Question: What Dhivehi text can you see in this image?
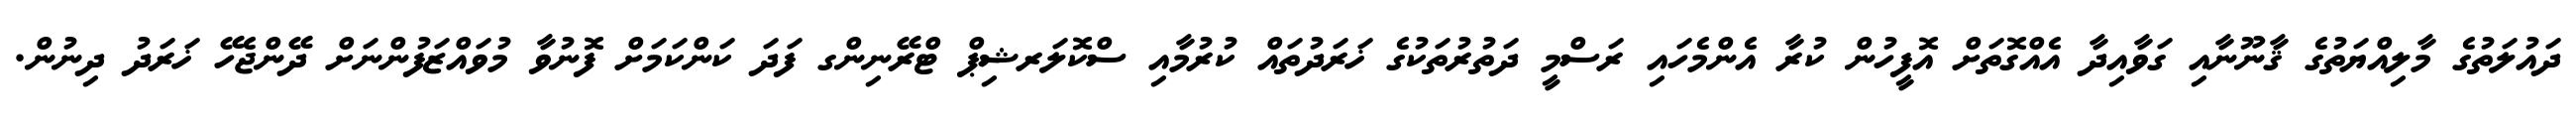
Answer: ދައުލަތުގެ މާލިއްޔަތުގެ ޤާނޫނާއި ގަވާއިދާ އެއްގޮތަށް އޮފީހުން ކުރާ އެންމެހައި ރަސްމީ ދަތުރުތަކުގެ ޚަރަދުތައް ކުރުމާއި ސްކޮލަރޝިޕް ޓްރޭނިންގ ފަދަ ކަންކަމަށް ފޮނުވާ މުވައްޒަފުންނަށް ދޭންޖެހޭ ޚަރަދު ދިނުން.